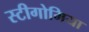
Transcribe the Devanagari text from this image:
स्टीगोमिया